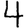
Digit: 4